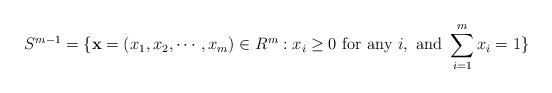
LaTeX: \begin{align*} S^{m-1} =\{\textbf{x} = (x_1, x_2,\cdots,x_m)\in R^m : x_i \geq 0 \mbox{ for any } i, \mbox { and } \sum_{i=1}^m x_i=1\}\end{align*}